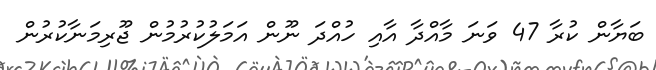
ބަޔާން ކުރާ 47 ވަނަ މާއްދާ އާއި ހުއްދަ ނޫން އަމަލުކުރުމުން ޖޫރިމަނާކުރުން